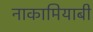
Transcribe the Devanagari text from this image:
नाकामियाबी